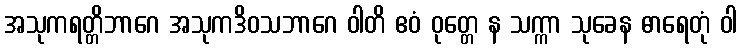
အသုကရတ္တိဘာဂေ အသုကဒိဝသဘာဂေ ဝါတိ ဧဝံ ဝုတ္တေ န သက္ကာ သုခေန ဓာရေတုံ ဝါ